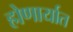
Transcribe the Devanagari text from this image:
होणार्यात